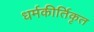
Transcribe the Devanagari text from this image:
धर्मकीर्तिकृत